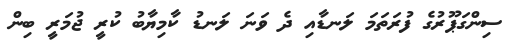
ސިންގަޕޫރުގެ ފުރަތަމަ ލަނޑާއި ދެ ވަނަ ލަނޑު ކާމިޔާބު ކުރީ ޖުމަރީ ބިން